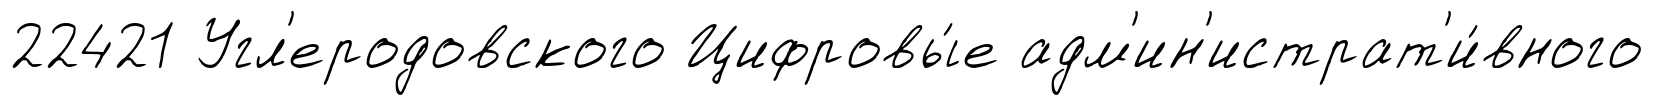
22421 Угл'еродовского Цифровы́е адм'ин'истрат'и́вного